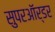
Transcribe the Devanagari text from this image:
सुपरऑर्डर